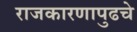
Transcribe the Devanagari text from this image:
राजकारणापुढचे